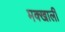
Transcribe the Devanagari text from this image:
मक्खाली